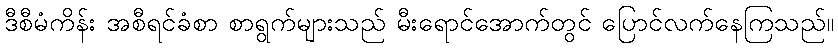
ဒီစီမံကိန်း အစီရင်ခံစာ စာရွက်များသည် မီးရောင်အောက်တွင် ပြောင်လက်နေကြသည်။